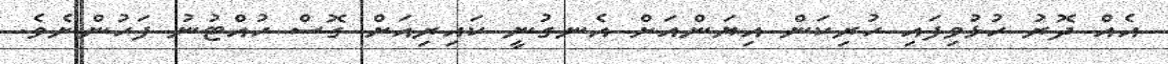
އެއް ދޮރު ހުޅުވިފައި ހުރިކަން އިޔަންއަށް އެނގުނީ ކައިރިއަށް ގޮސް ހުއްޓުނު ފަހުންނެވެ.